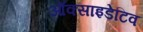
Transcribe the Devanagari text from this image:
ऑक्साइडेटिव